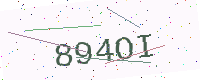
Text: 894OI